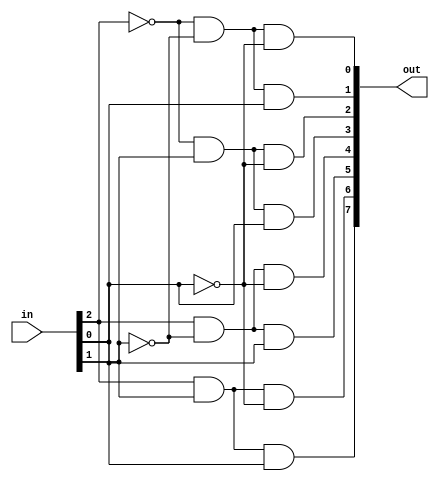
module demux_3bit (
	input wire [2:0] in,
	output wire [7:0] out
);

assign out[0] = ~in[2] & ~in[1] & ~in[0];
assign out[1] = ~in[2] & ~in[1] & in[0];
assign out[2] = ~in[2] & in[1] & ~in[0];
assign out[3] = ~in[2] & in[1] & in[0];
assign out[4] = in[2] & ~in[1] & ~in[0];
assign out[5] = in[2] & ~in[1] & in[0];
assign out[6] = in[2] & in[1] & ~in[0];
assign out[7] = in[2] & in[1] & in[0];

/*assign out[0] = (in == 0);
assign out[1] = (in == 1);
assign out[2] = (in == 2);
assign out[3] = (in == 3);
assign out[4] = (in == 4);
assign out[5] = (in == 5);
assign out[6] = (in == 6);
assign out[7] = (in == 7);*/

endmodule